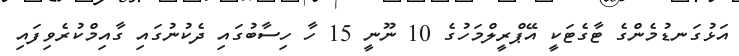
އަޅުގަނޑުމެންގެ ޓާގެޓަކީ އޭޕްރީލްމަހުގެ 10 ނޫނީ 15 ހާ ހިސާބުގައި ދެކުނުގައި ގާއިމްކުރެވިފައި